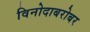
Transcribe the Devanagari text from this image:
विनोदाबरोबर